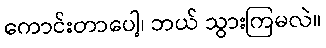
ကောင်းတာပေါ့၊ ဘယ် သွားကြမလဲ။